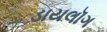
ડાયલૉગ